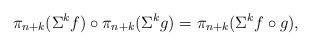
LaTeX: \begin{align*}\pi_{n+k}(\Sigma^{k}f)\circ\pi_{n+k}(\Sigma^{k}g)=\pi_{n+k}(\Sigma^{k}f\circ g),\end{align*}